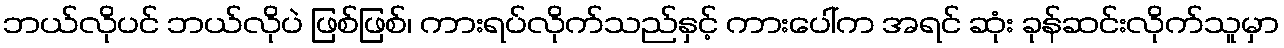
ဘယ်လိုပင် ဘယ်လိုပဲ ဖြစ်ဖြစ်၊ ကားရပ်လိုက်သည်နှင့် ကားပေါ်က အရင် ဆုံး ခုန်ဆင်းလိုက်သူမှာ